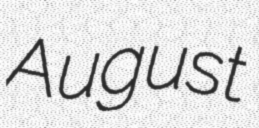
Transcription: August